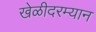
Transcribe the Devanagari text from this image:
खेळीदरम्यान